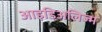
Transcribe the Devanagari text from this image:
आइडिअलिज्म